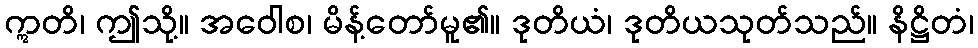
ဣတိ၊ ဤသို့။ အဝေါစ၊ မိန့်တော်မူ၏။ ဒုတိယံ၊ ဒုတိယသုတ်သည်။ နိဋ္ဌိတံ၊